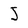
Character: J